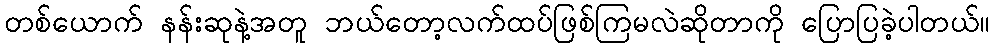
တစ်ယောက် နန်းဆုနဲ့အတူ ဘယ်တော့လက်ထပ်ဖြစ်ကြမလဲဆိုတာကို ပြောပြခဲ့ပါတယ်။